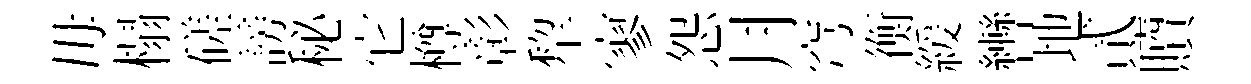
毋榻磋謗秘它樽彰犂寥怨月穹衡緩轡地貳贖